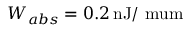
W _ { a b s } = 0 . 2 \, \mathrm { n J / \ m u \mathrm { m } }